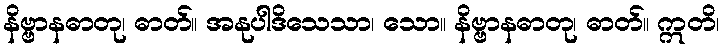
နိဗ္ဗာနဓာတု၊ ဓာတ်။ အနုပါဒိသေသာ၊ သော။ နိဗ္ဗာနဓာတု၊ ဓာတ်။ ဣတိ၊